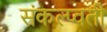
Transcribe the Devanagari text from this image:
संकल्प्वती